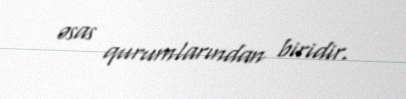
əsas qurumlarından biridir.